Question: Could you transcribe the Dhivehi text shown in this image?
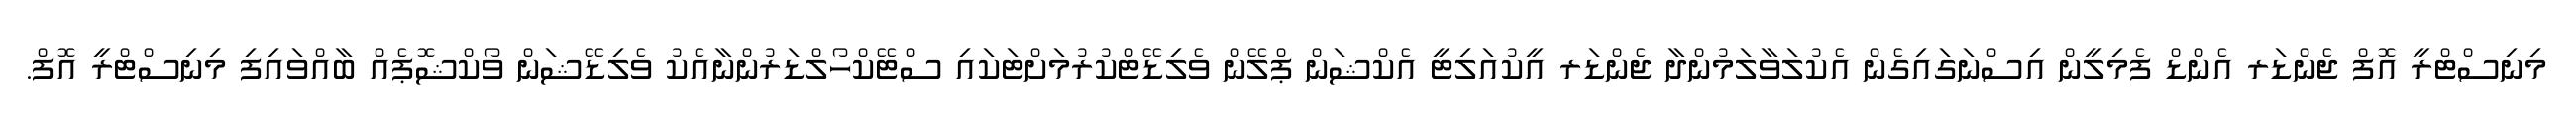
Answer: މިނިސްޓްރީ އޮފް ޖެންޑަރ އެންޑް ފެމިލީން އިސްނަގައިގެން އެކުލަވާލަމުންދާ ޖެންޑަރ އީކުއަލިޓީ އެކްޝަން ޕްލޭން ވެލިޑޭޓްކުރުމަށްޓަކައި ސްޓޭކްހޯލްޑަރުންނާއެކު ވެލިޑޭޝަން ވޯކްޝޮޕެއް ބާއްވައިފި މިނިސްޓްރީ އޮފް.